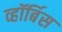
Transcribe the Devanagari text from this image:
व्हॉर्बिस